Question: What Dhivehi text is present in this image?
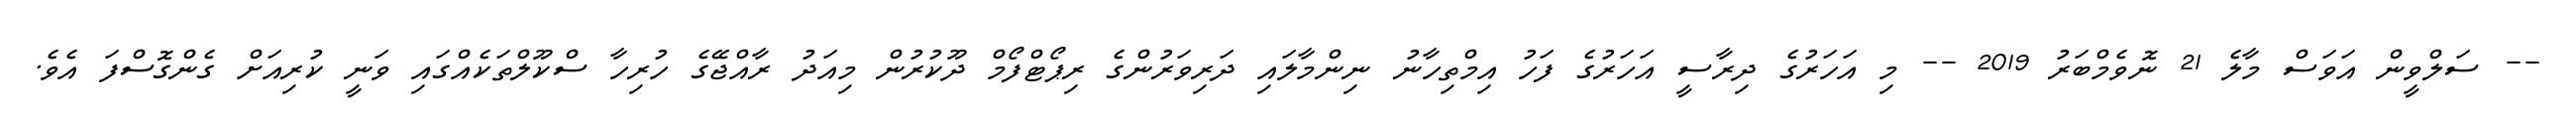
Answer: -- ސަލްވީން އަވަސް މާލެ 21 ނޮވެމްބަރު 2019 -- މި އަހަރުގެ ދިރާސީ އަހަރުގެ ފަހު އިމްތިހާނު ނިންމާލައި ދަރިވަރުންގެ ރިޕޯޓްފޯމް ދޫކުރުން މިއަދު ރާއްޖޭގެ ހުރިހާ ސްކޫލްތަކެއްގައި ވަނީ ކުރިއަށް ގެންގޮސްފަ އެވެ.